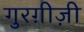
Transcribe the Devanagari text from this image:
गुरग़ीज़ी